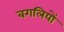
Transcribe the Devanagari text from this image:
बगलियों